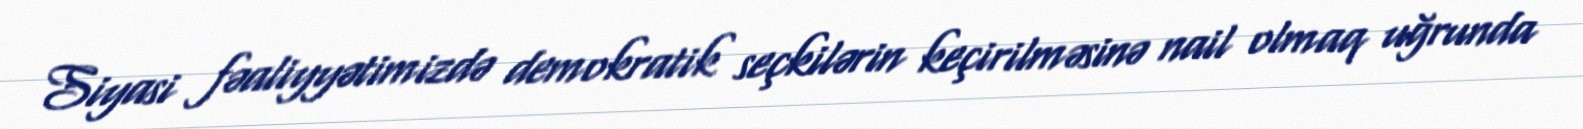
Siyasi fəaliyyətimizdə demokratik seçkilərin keçirilməsinə nail olmaq uğrunda